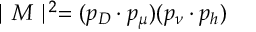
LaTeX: \mid { \cal M } \mid ^ { 2 } = ( p _ { D } \cdot p _ { \mu } ) ( p _ { \nu } \cdot p _ { h } )